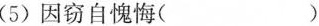
（5）因窃自愧悔（ ）